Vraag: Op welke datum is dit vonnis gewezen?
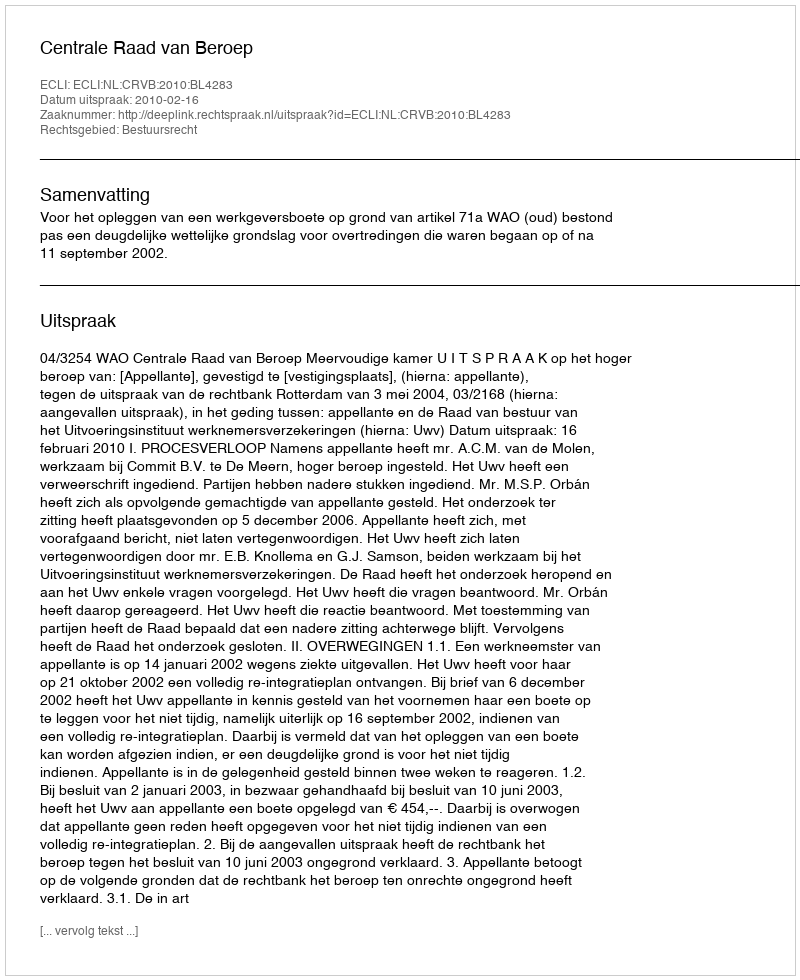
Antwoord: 2010-02-16